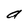
Character: a